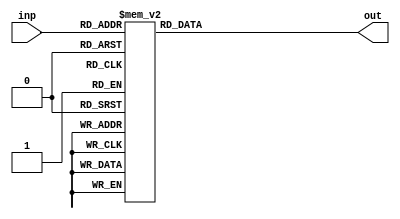
module Seven_segments (
    input [3:0] inp,
//    input select,
    output reg [6:0] out
);
    always @(inp)
    begin
        case (inp)
            0: out <= 7'b0000001;
            1: out <= 7'b1001111;
            2: out <= 7'b0010010;
            3: out <= 7'b0000110;
            4: out <= 7'b1001100;
            5: out <= 7'b0100100;
            6: out <= 7'b0100000;
            7: out <= 7'b0001111;
            8: out <= 7'b0000000;
            9: out <= 7'b0000100;
            default: out <= 7'b1111111;
        endcase
    end
endmodule